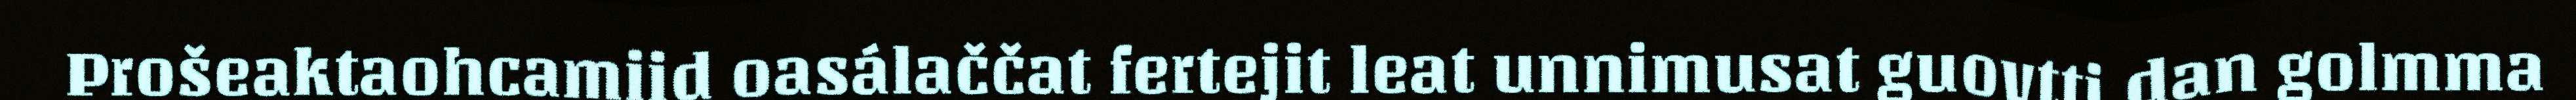
Prošeaktaohcamiid oasálaččat fertejit leat unnimusat guovtti dan golmma